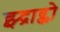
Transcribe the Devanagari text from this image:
झ्द्राव्को